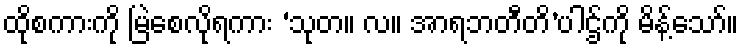
ထိုစကားကို မြဲစေလိုရကား ‘သုတ။ လ။ အာရဘတီတိ’ပါဌ်ကို မိန့်သော်။